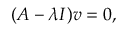
( A - \lambda I ) v = 0 ,